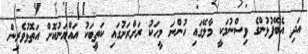
އަދި އެބޭފުޅުންގެ ވިސްނުމަކީ މާލޭގައި ހުންނަ މީހަކު ރަށްރަށުގައި ކަތީބަކު އައްޔަނުކޮށް އަތޮޅުވެރިން